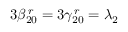
3 \beta _ { 2 0 } ^ { \, r } = 3 \gamma _ { 2 0 } ^ { \, r } = \lambda _ { 2 }